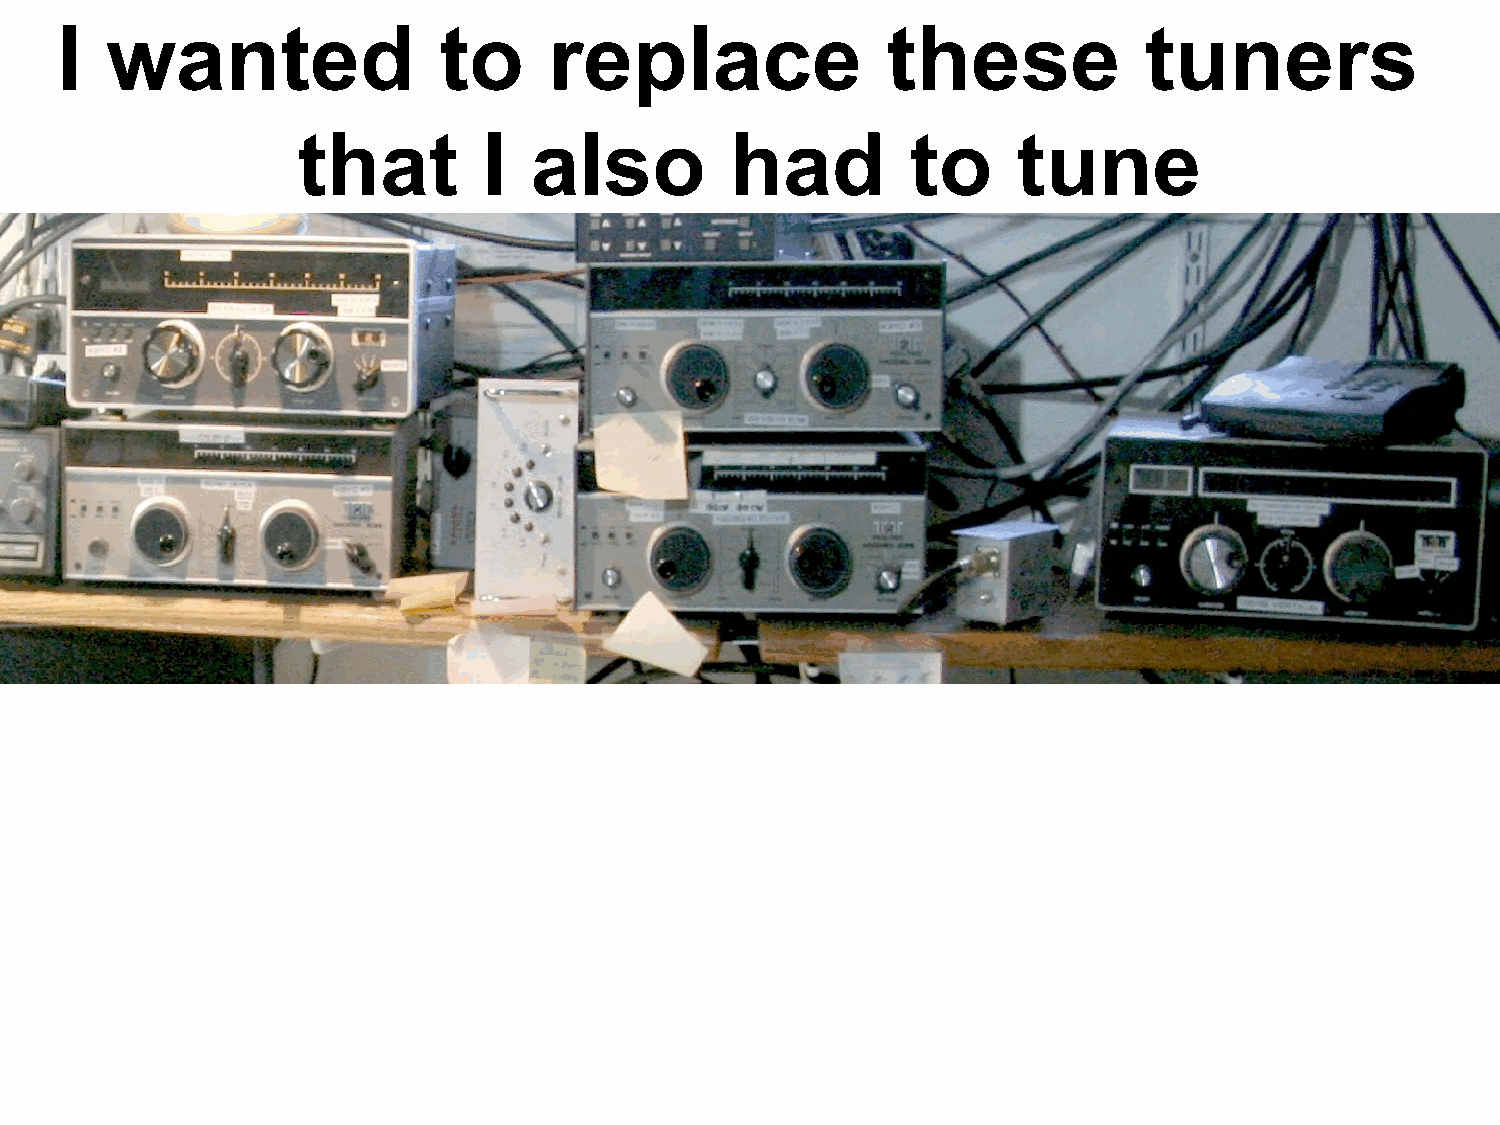
I  wanted                to     replace                these            tuners
 that        I  also         had         to     tune